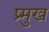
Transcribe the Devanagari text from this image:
प्र्मुख